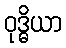
ဝုဒ္ဓိယာ